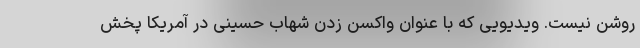
روشن نیست. ویدیویی که با عنوان واکسن زدن شهاب حسینی در آمریکا پخش